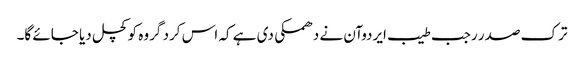
ترک صدر رجب طیب ایردوآن نے دھمکی دی ہے کہ اس کرد گروہ کو کچل دیا جائے گا۔